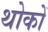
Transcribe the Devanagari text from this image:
थोकों